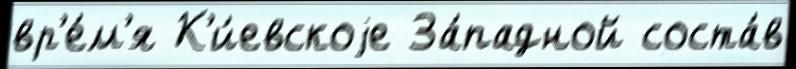
вр'е́м'я К'и́евскоjе За́падной соста́в